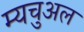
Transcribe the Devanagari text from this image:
म्यचुअल